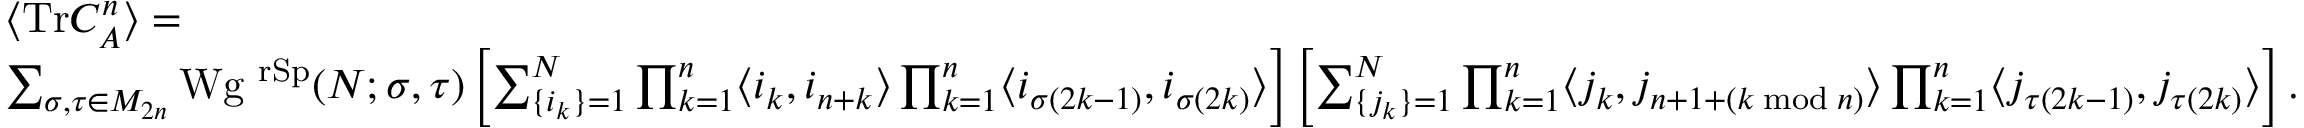
\begin{array} { r l } & { \langle \mathrm { T r } C _ { A } ^ { n } \rangle = } \\ & { \sum _ { \sigma , \tau \in M _ { 2 n } } \mathrm { W g } ^ { \mathrm { \ r S p } } ( N ; \sigma , \tau ) \left[ \sum _ { \lbrace i _ { k } \rbrace = 1 } ^ { N } \prod _ { k = 1 } ^ { n } \langle i _ { k } , i _ { n + k } \rangle \prod _ { k = 1 } ^ { n } \langle i _ { \sigma ( 2 k - 1 ) } , i _ { \sigma ( 2 k ) } \rangle \right] \left[ \sum _ { \lbrace j _ { k } \rbrace = 1 } ^ { N } \prod _ { k = 1 } ^ { n } \langle j _ { k } , j _ { n + 1 + ( k \bmod n ) } \rangle \prod _ { k = 1 } ^ { n } \langle j _ { \tau ( 2 k - 1 ) } , j _ { \tau ( 2 k ) } \rangle \right] . } \end{array}